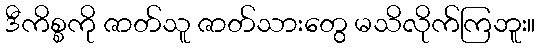
ဒီကိစ္စကို ဇာတ်သူ ဇာတ်သားတွေ မသိလိုက်ကြဘူး။